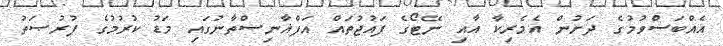
އެއްބަސްވުމުގެ ދަށުން އެމެރިކާ އާއި ނޭޓޯގެ ފައުޖުތައް އަފްޣާނިސްތާނުގައި މަޑު ކުރުމުގެ ފުރުޞަތު